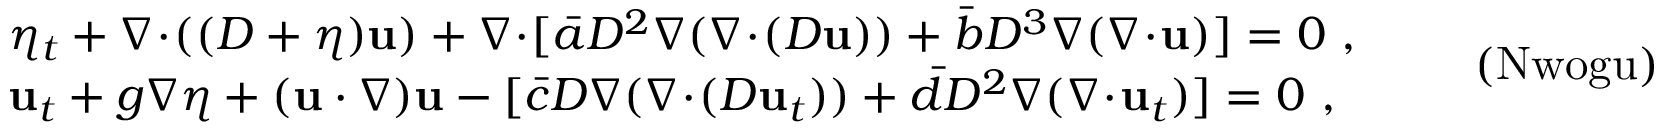
\begin{array} { r l } & { \eta _ { t } + \nabla \! \cdot \! ( ( D + \eta ) \mathbf { u } ) + \nabla \! \cdot \! [ \bar { a } D ^ { 2 } \nabla ( \nabla \! \cdot \! ( D \mathbf { u } ) ) + \bar { b } D ^ { 3 } \nabla ( \nabla \! \cdot \! \mathbf { u } ) ] = 0 \ , } \\ & { \mathbf { u } _ { t } + g \nabla \eta + ( \mathbf { u } \cdot \nabla ) \mathbf { u } - [ \bar { c } D \nabla ( \nabla \! \cdot \! ( D \mathbf { u } _ { t } ) ) + \bar { d } D ^ { 2 } \nabla ( \nabla \! \cdot \! \mathbf { u } _ { t } ) ] = 0 \ , } \end{array} \qquad \mathrm { ( N w o g u ) }